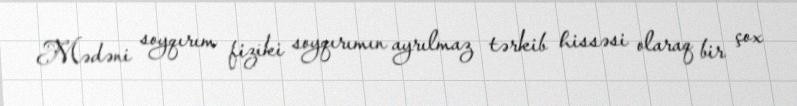
Mədəni soyqırım fiziki soyqırımın ayrılmaz tərkib hissəsi olaraq bir çox